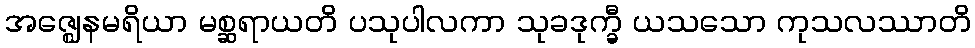
အဇ္ဈေနမရိယာ မစ္ဆရာယတိ ပသုပါလကာ သုခဒုက္ခီ ယသသော ကုသလဿာတိ